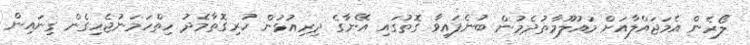
ލޯރެން އެމަޖައްލާއަށް މައުލޫމާތުދެމުން ބުނެފައިވާ ގޮތުގައި އޭނާގެ ދިރިއުޅުން ހުރިގޮތާމެދު ހިތްހަމަނުޖެހިގެން ގިނައިން